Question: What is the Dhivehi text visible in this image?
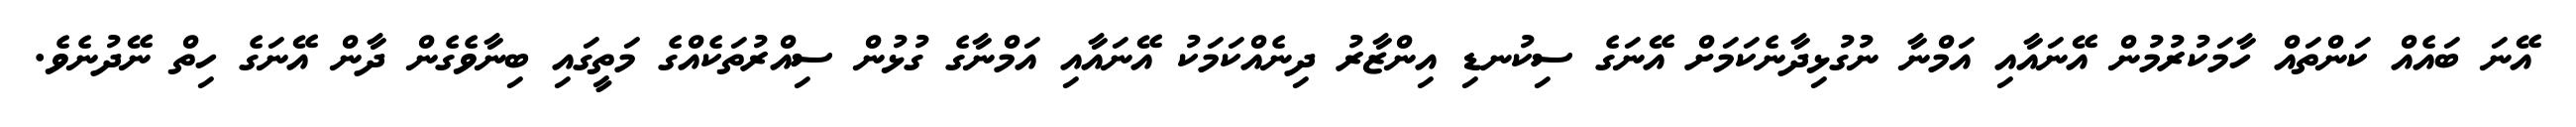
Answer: އޭނަ ބައެއް ކަންތައް ހާމަކުރުމުން އޭނައާއި އަމްނާ ނުގުޅިދާނެކަމަށް އޭނަގެ ސިކުނޑި އިންޒާރު ދިނެއްކަމަކު އޭނައާއި އަމްނާގެ ގުޅުން ސިއްރުތަކެއްގެ މަތީގައި ބިނާވެގެން ދާން އޭނަގެ ހިތް ނޭދުނެވެ.